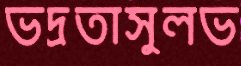
ভদ্রতাসুলভ